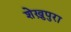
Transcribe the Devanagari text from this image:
शेख़ुपुरा